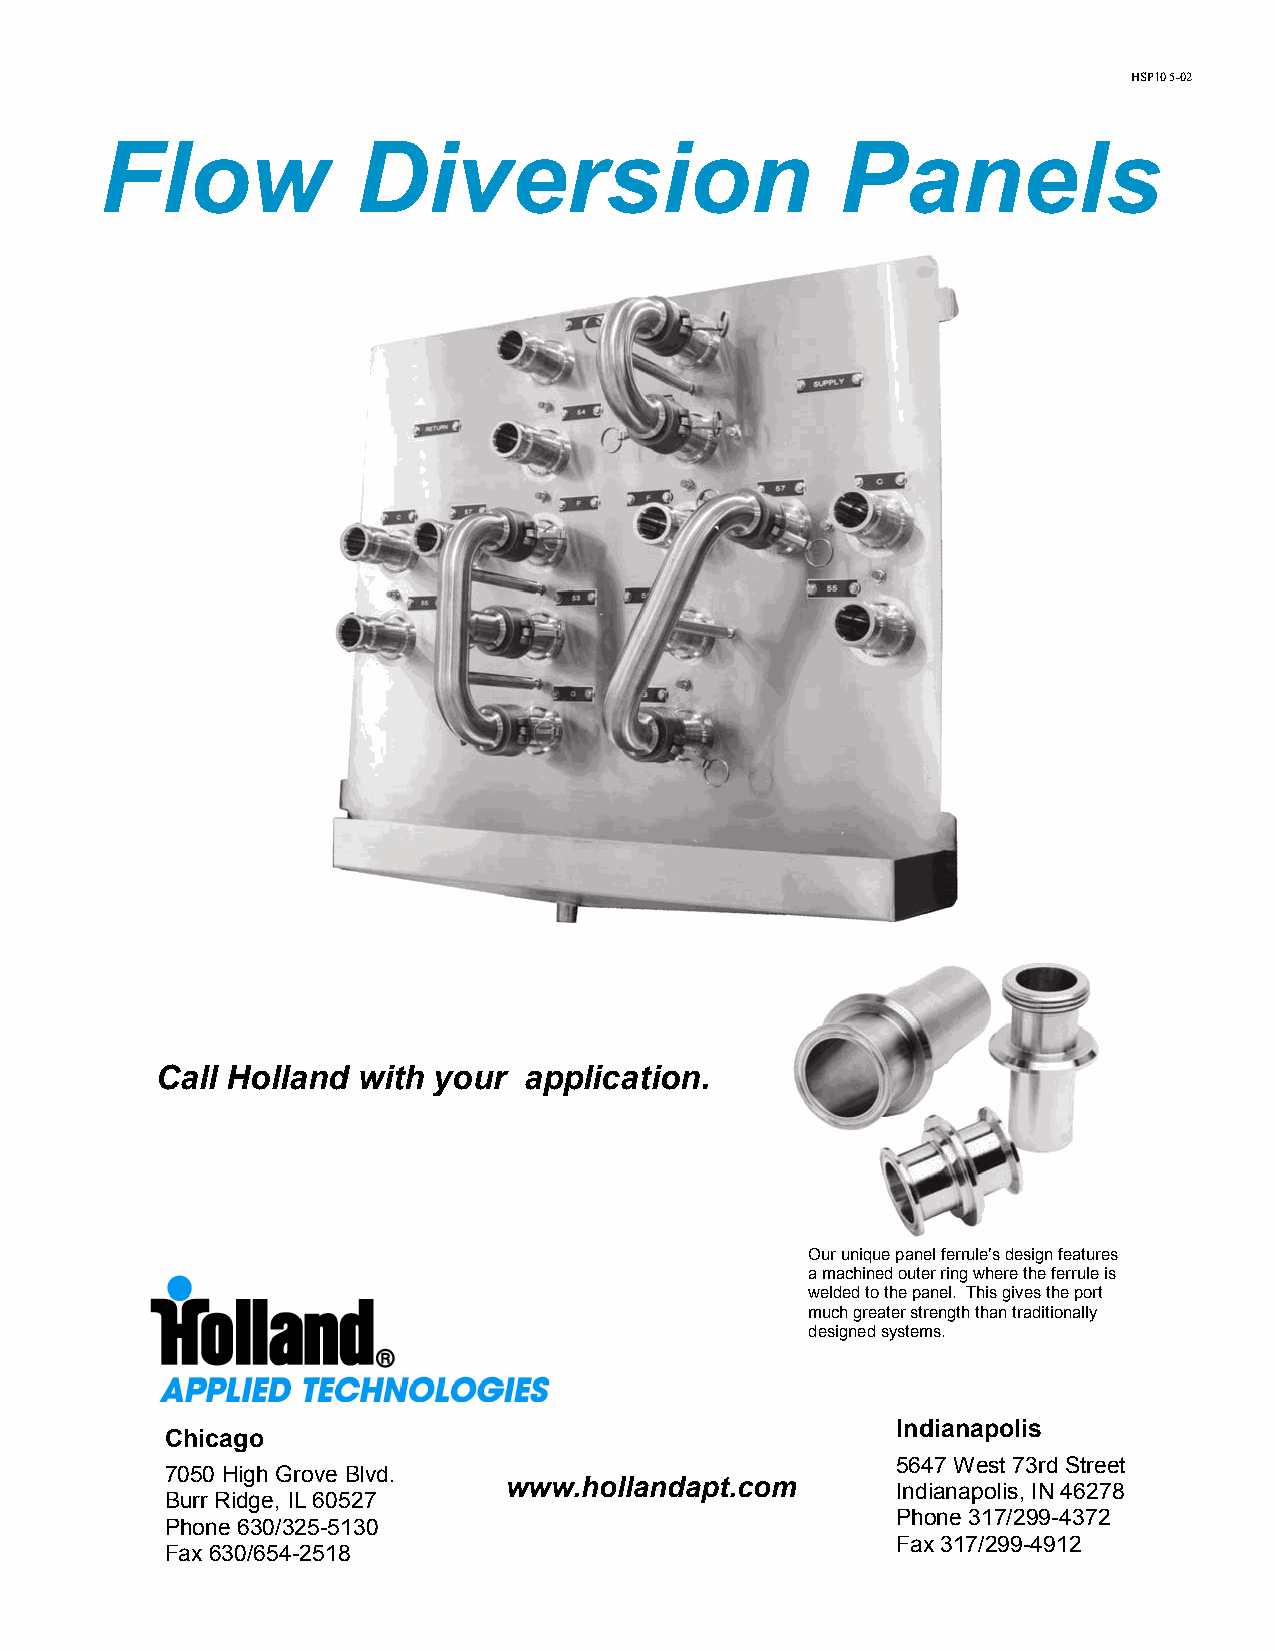
HSP10 5-02
 Flow             Diversion                       Panels
 Call Holland  with your  application.
 Our unique panel ferrule’s design features
 a machined outer ring where the ferrule is
 welded to the panel. This gives the port
 much greater strength than traditionally
 designed systems.
 Indianapolis
 Chicago
 5647 West 73rd Street
 7050 High Grove Blvd.
 www.hollandapt.com
 Indianapolis, IN 46278
 Burr Ridge, IL 60527
 Phone 317/299-4372
 Phone 630/325-5130
 Fax 317/299-4912
 Fax 630/654-2518